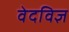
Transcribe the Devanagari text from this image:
वेदविज्ञ